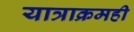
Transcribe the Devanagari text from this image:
यात्राक्रमही